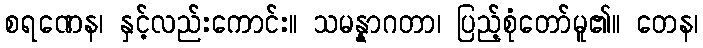
စရဏေန၊ နှင့်လည်းကောင်း။ သမန္နာဂတာ၊ ပြည့်စုံတော်မူ၏။ တေန၊